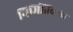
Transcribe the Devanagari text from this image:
निर्मितिकाळ